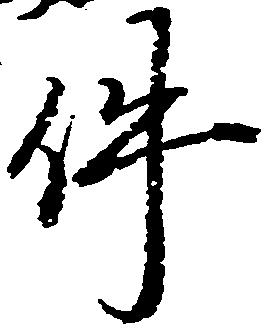
件